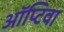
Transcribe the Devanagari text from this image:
ऑप्टिवा